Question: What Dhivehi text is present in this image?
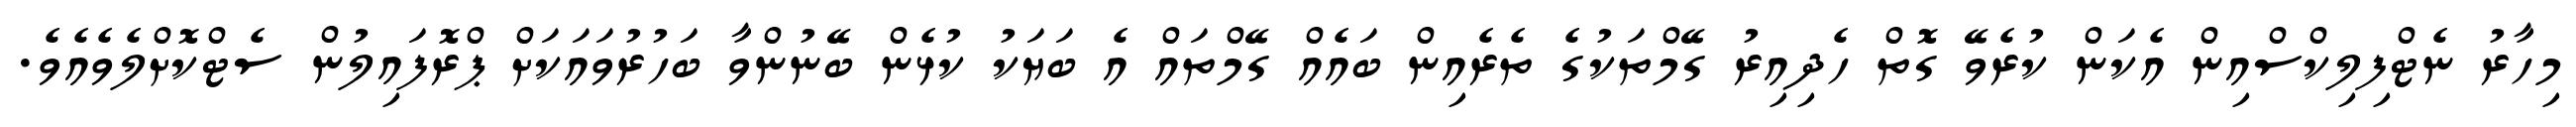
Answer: މިހާރު ނެޓްފިލިކްސްއިން އެކަން ކުރެވޭ ގޮތް ހެދިއިރު ގޭމްތަކުގެ ތެރެއިން ބައެއް ގޭމްތައް އެ ބަޔަކު ކުޅެން ބޭނުންވާ ބަހުރުވައަކަށް ޕްރޮފައިލުން ސެޓްކޮށްލެވެއެވެ.